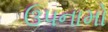
ઉપનામો